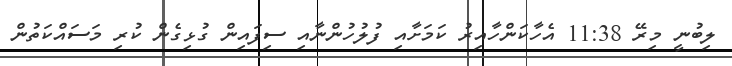
ލިބުނީ މިރޭ 11:38 އެހާކަންހާއިރު ކަމަށާއި ފުލުހުންނާއި ސިފައިން ގުޅިގެން ކުރި މަސައްކަތުން